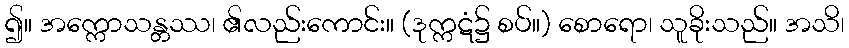
၍။ အက္ကောသန္တဿ၊ ၏လည်းကောင်း။ (ဒုက္ကဋံ၌ စပ်။) စောရော၊ သူခိုးသည်။ အသိ၊